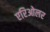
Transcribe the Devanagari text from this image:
एरिओलर